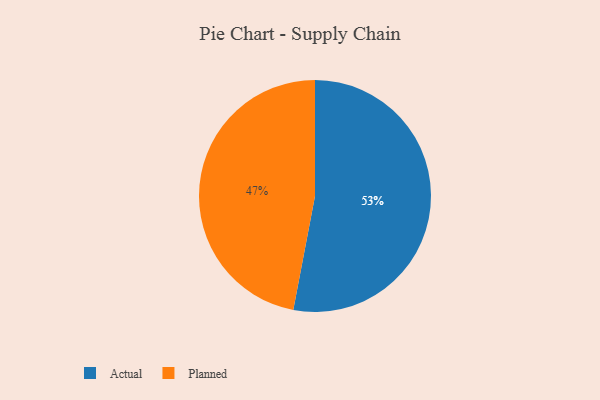
{"axis": {"x": "Category", "y": "Percentage"}, "legend": ["Actual", "Planned"], "data": [{"x": "Actual", "y": 53, "type": "Actual"}, {"x": "Planned", "y": 47, "type": "Planned"}]}